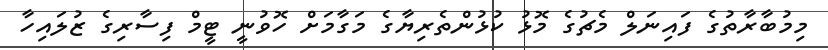
މިމުބާރާތުގެ ފައިނަލް މެޗުގެ މޮޅު ކުޅުންތެރިޔާގެ މަގާމަށް ހޮވުނީ ޓީމް ފިސާރިގެ ޒުލައިހާ